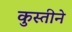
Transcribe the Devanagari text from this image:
कुस्तीने